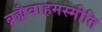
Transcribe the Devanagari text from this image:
ब्रह्मैवाहमस्मीति